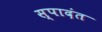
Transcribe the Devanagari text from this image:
स्पादंत